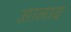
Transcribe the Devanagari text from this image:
आलाव